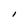
Character: l